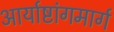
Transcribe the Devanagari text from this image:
आर्याष्टांगमार्ग